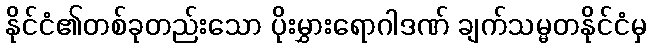
နိုင်ငံ၏တစ်ခုတည်းသော ပိုးမွှားရောဂါဒဏ် ချက်သမ္မတနိုင်ငံမှ